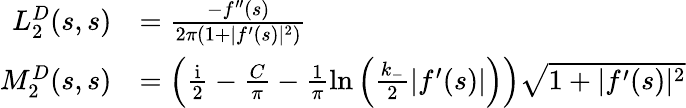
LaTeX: \begin{array}{rl}{L_{2}^{D}(s,s)}&{=\frac{-f^{\prime\prime}(s)}{2\pi(1+|f^{\prime}(s)|^{2})}}\\ {M_{2}^{D}(s,s)}&{=\left(\frac{\textrm{i}}{2}-\frac{C}{\pi}-\frac{1}{\pi}\ln\left(\frac{k_{-}}{2}|f^{\prime}(s)|\right)\right)\sqrt{1+|f^{\prime}(s)|^{2}}}\end{array}